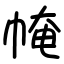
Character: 㡋